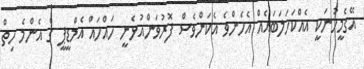
އޭގެމީހުނަކީ އެއްކަހަލަބައެއް އެހެންވެ އެކަންވެސް ފޮރުވަންއުޅެނީ ހައްހައް އެމްޑީޕީ ގެ އެންމެ ހިތް